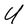
Character: U